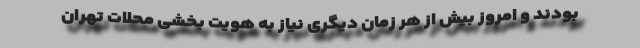
بودند و امروز بیش از هر زمان دیگری نیاز به هویت بخشی محلات تهران